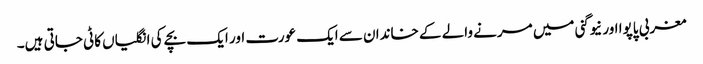
مغربی پاپوا اور نیوگنی میں مرنے والے کے خاندان سے ایک عورت اور ایک بچے کی انگلیاں کاٹی جاتی ہیں۔